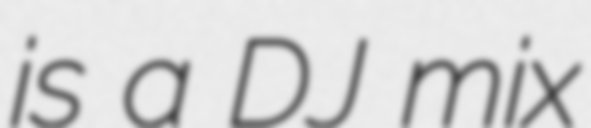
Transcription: is a DJ mix